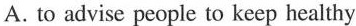
A. to advise people to keep healthy